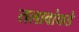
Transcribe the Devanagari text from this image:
तलावांकडे